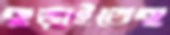
ছড়াইতেছ